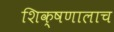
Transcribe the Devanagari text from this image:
शिक्षणालाच